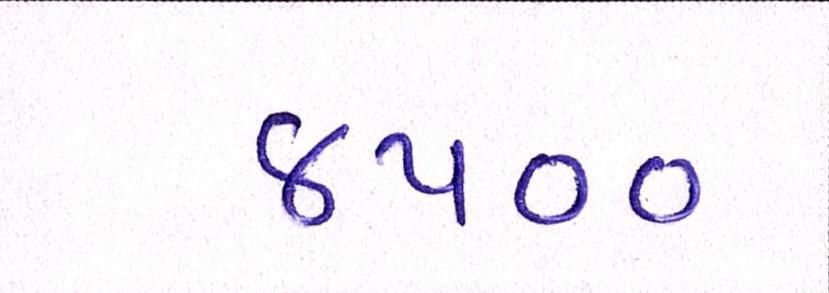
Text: ૪૫૦૦